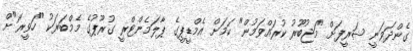
ގެންދަވަނީ ޝަރީފަށް "މަޖުބޫރު ކުރައްވަމުން" ކަމަށް އެމްޑީޕީގެ ޕާލަމެންޓްރީ ގުރޫޕުގެ މެމްބަރަކު "ހަވީރަ"ށް